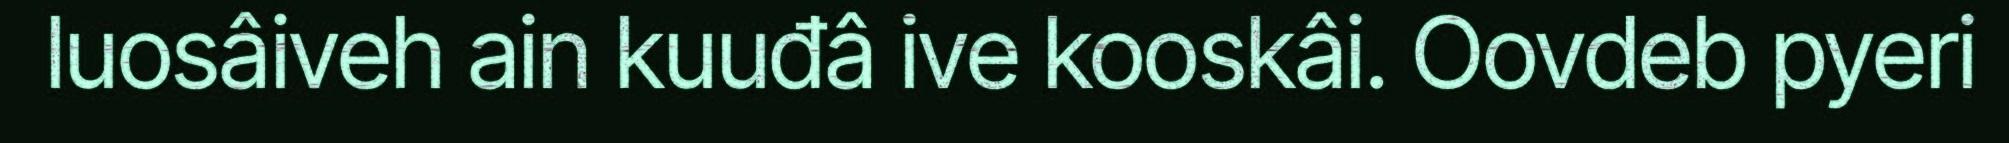
luosâiveh ain kuuđâ ive kooskâi. Oovdeb pyeri